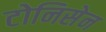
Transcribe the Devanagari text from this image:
टोनिसेन